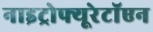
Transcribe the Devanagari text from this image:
नाइट्रोफ्यूरेटॉएन